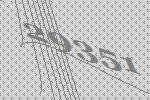
29351